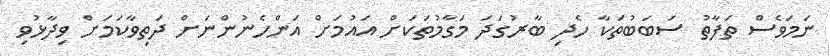
ނަމަވެސް ތަފާތު ސަބަބުތަކާ ހެދި ބާރުގަދަ މަގާމުތަކަށް އައުމަށް އަންހެނުންނަށް ދަތިވާކަމަށް ވިދާޅުވި